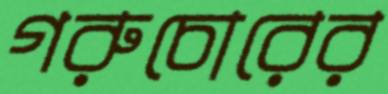
গরুচোরের